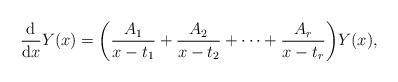
LaTeX: \begin{align*}\frac{\rm d}{{\rm d}x} Y(x) =\bigg( \frac{A_1}{x-t_1}+\frac{A_2}{x-t_2}+\dots + \frac{A_r}{x-t_r} \bigg) Y(x), \end{align*}